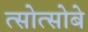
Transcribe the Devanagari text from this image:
त्सोत्सोबे